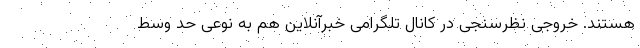
هستند. خروجی نظرسنجی در کانال تلگرامی خبرآنلاین هم به نوعی حد وسط